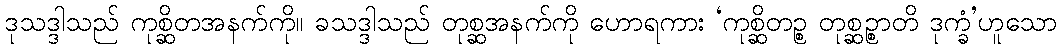
ဒုသဒ္ဒါသည် ကုစ္ဆိတအနက်ကို။ ခသဒ္ဒါသည် တုစ္ဆအနက်ကို ဟောရကား ‘ကုစ္ဆိတဉ္စ တုစ္ဆဉ္စာတိ ဒုက္ခံ’ဟူသော